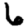
Digit: 6